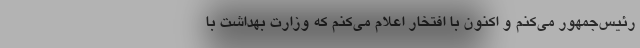
رئیس‌جمهور می‌کنم و اکنون با افتخار اعلام می‌کنم که وزارت بهداشت با